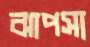
ঝাপসা